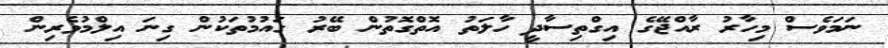
ނަމަވެސް މިހާރު ރާއްޖޭގެ އިގްތިސާދީ ހާލަތު އޮތްގޮތުން ބޭރު ގައުމުތަކުން ގިނަ އިލްމުވެރިން